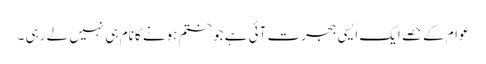
عوام کے حصے ایک ایسی ہجرت آئی ہے جو ختم ہونے کا نام ہی نہیں لے رہی ۔